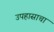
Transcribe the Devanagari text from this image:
उपहासाचा